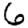
Digit: 6